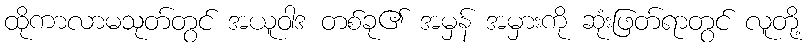
ထိုကာလာမသုတ်တွင် အယူဝါဒ တစ်ခု၏ အမှန် အမှားကို ဆုံးဖြတ်ရာတွင် လူတို့